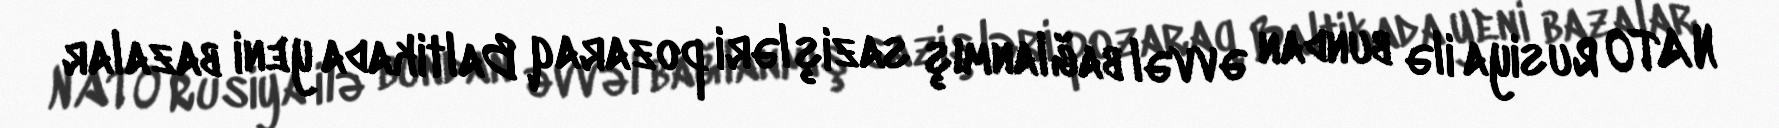
NATO Rusiya ilə bundan əvvəl bağlanmış sazişləri pozaraq Baltikada yeni bazalar